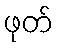
ဖုတ်